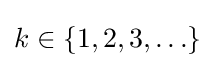
k\in \{1,2,3,\ldots \}